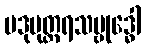
ပဒုမုတ္တရသမ္ဗုဒ္ဓေါ